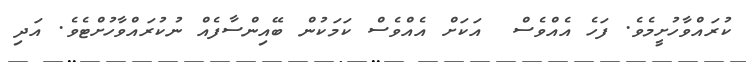
ކުރައްވާހުށީމެވެ. ފަހެ އެއްވެސް  އަކަށް އެއްވެސް ކަމަކުން ބޭއިންސާފެއް ނުކުރައްވާހުށްޓެވެ. އަދި